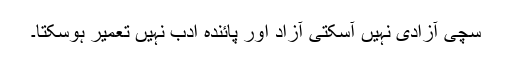
سچی آزادی نہیں آسکتی آزاد اور پائندہ ادب نہیں تعمیر ہوسکتا۔